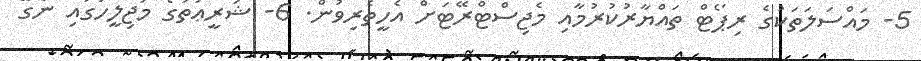
5- މައްސަލަތަކުގެ ރިޕޯޓް ތައްޔާރުކުރުމާއި މެޖިސްޓްރޭޓަށް އެހީތެރިވުން. 6- ޝަރީޢަތުގެ މަޖިލީހުގައި ނެގޭ